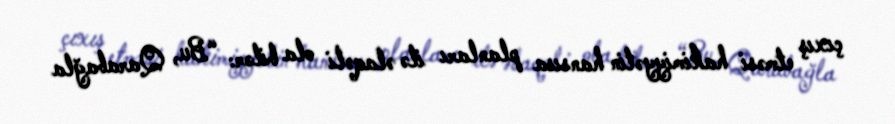
çıxış etməsi hakimiyyətin hansısa planları ilə əlaqəli ola bilər: “Bu, Qarabağla